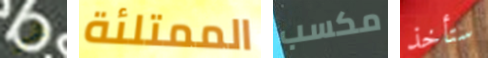
هي الممتلئة مكسب ستأخذ